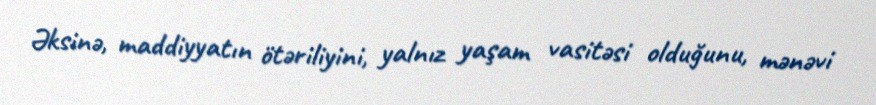
Əksinə, maddiyyatın ötəriliyini, yalnız yaşam vasitəsi olduğunu, mənəvi